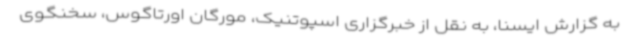
به گزارش ایسنا، به نقل از خبرگزاری اسپوتنیک، مورگان اورتاگوس، سخنگوی